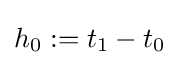
h_{0}:=t_{1}-t_{0}